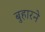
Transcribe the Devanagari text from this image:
बुहारने